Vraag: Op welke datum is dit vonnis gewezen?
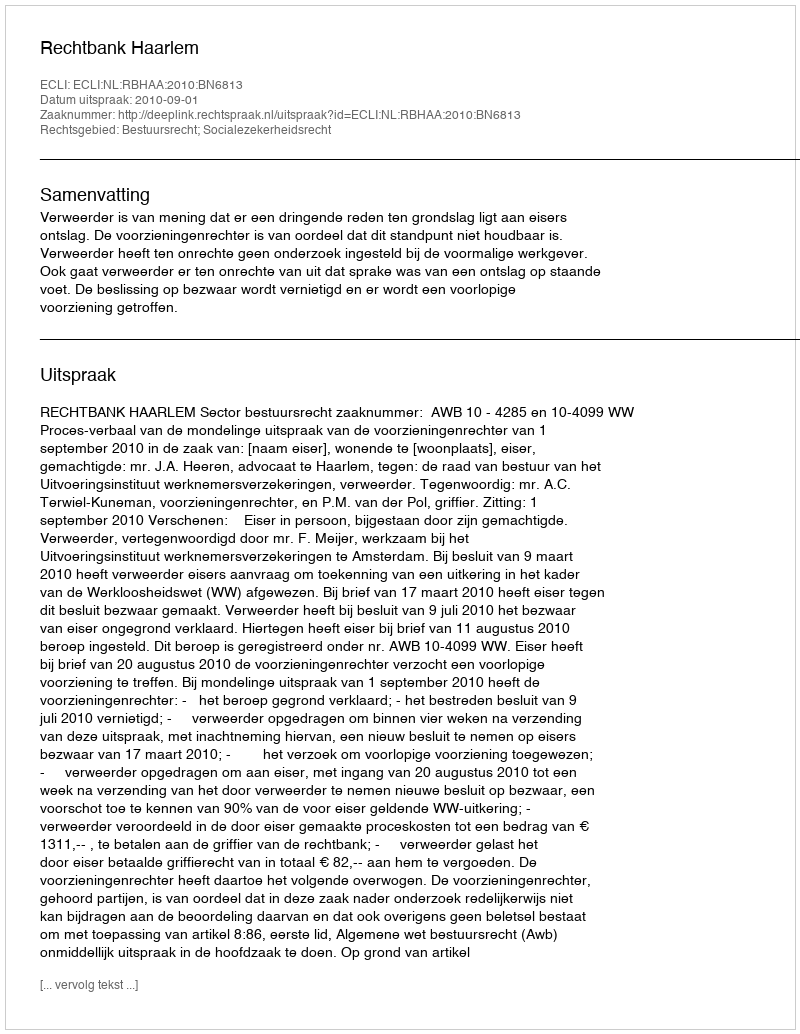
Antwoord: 2010-09-01